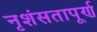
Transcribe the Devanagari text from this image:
नृशंसतापूर्ण